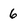
Character: 6